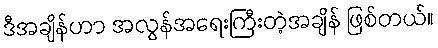
ဒီအချိန်ဟာ အလွန်အရေးကြီးတဲ့အချိန် ဖြစ်တယ်။